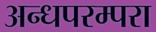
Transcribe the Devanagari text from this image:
अन्धपरम्परा